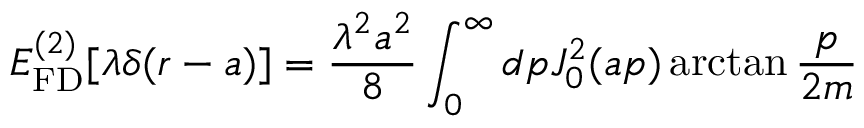
E _ { \mathrm { F D } } ^ { ( 2 ) } [ \lambda \delta ( r - a ) ] = \frac { \lambda ^ { 2 } a ^ { 2 } } { 8 } \int _ { 0 } ^ { \infty } d p J _ { 0 } ^ { 2 } ( a p ) \arctan \frac { p } { 2 m }